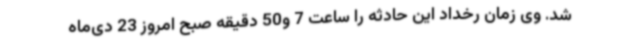
شد. وی زمان رخداد این حادثه را ساعت 7 و50 دقیقه صبح امروز 23 دی‌ماه